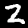
Label: 2